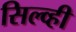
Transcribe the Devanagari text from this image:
सिल्व्ही